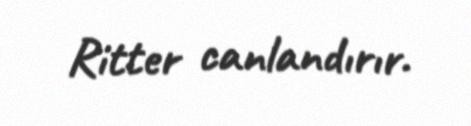
Ritter canlandırır.